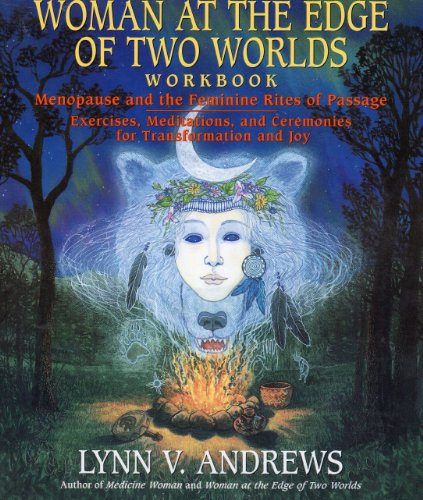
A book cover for Woman at the Edge of Two Worlds Workbook: Menopause and the Feminine Rites of Passage : Exercises, Meditations, and Ceremonies for Transformation an; Lynn V. Andrews; Health, Fitness & Dieting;